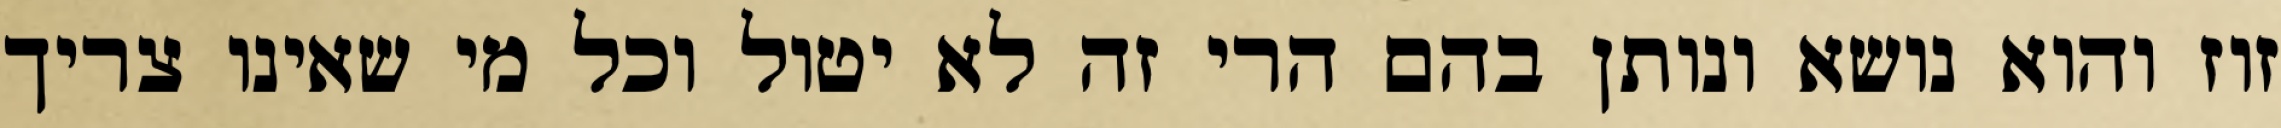
זוז והוא נושא ונותן בהם הרי זה לא יטול וכל מי שאינו צריך